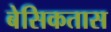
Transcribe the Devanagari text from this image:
बेसिकतास